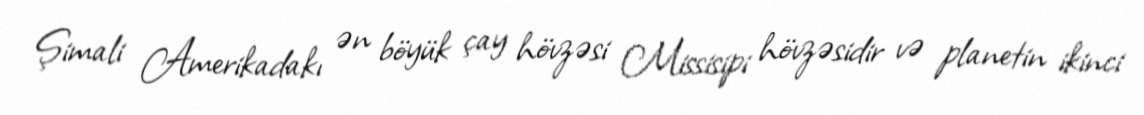
Şimali Amerikadakı ən böyük çay hövzəsi Missisipi hövzəsidir və planetin ikinci